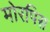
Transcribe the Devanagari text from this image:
मोरपिस